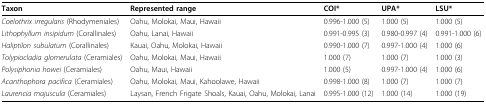
| Taxon | Represented range | COI* | UPA* | LSU* |
 | --- | --- | --- | --- | --- |
 | Coelothrix irregularis (Rhodymeniales) | Oahu, Molokai, Maui, Hawaii | 0.996-1.000 (5) | 1.000 (5) | 1.000 (5) |
 | Lithophyllum insipidum (Corallinales) | Oahu, Lanai, Hawaii | 0.991-0.995 (3) | 0.980-0.997 (4) | 0.991-1.000 (6) |
 | Haliptilon subulatum (Corallinales) | Kauai, Oahu, Molokai, Hawaii | 0.990-1.000 (7) | 0.997-1.000 (4) | 1.000 (6) |
 | Tolypiocladia glomerulata (Ceramiales) | Oahu, Molokai, Maui, Hawaii | 1.000 (7) | 1.000 (7) | 1.000 (3) |
 | Polysiphonia howei (Ceramiales) | Oahu, Maui, Hawaii | 1.000 (5) | 0.997-1.000 (4) | 1.000 (6) |
 | Acanthophora pacifica (Ceramiales) | Oahu, Molokai, Maui, Kahoolawe, Hawaii | 0.998-1.000 (8) | 1.000 (7) | 1.000 (7) |
 | Laurencia majuscula (Ceramiales) | Laysan, French Frigate Shoals, Kauai, Oahu, Molokai, Lanai | 0.995-1.000 (12) | 1.000 (14) | 1.000 (19) |